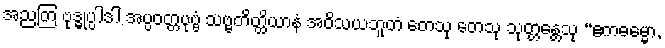
အညတြ ဗုဒ္ဓုပ္ပါဒါ အပ္ပဝတ္တပုဗ္ဗံ သဗ္ဗတိတ္ထိယာနံ အဝိသယဘူတံ တေသု တေသု သုတ္တန္တေသု “ဧကဓမ္မော,